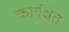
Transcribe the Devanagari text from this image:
कार्यक्षेत